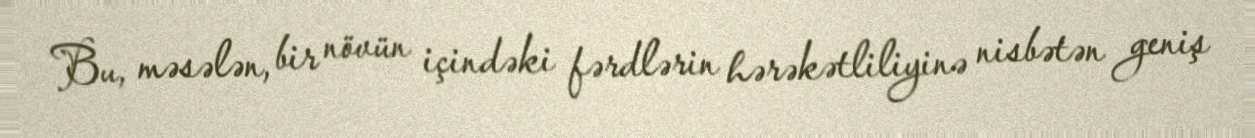
Bu, məsələn, bir növün içindəki fərdlərin hərəkətliliyinə nisbətən geniş